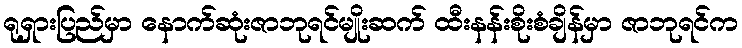
ရုရှားပြည်မှာ နောက်ဆုံးဇာဘုရင်မျိုးဆက် ထီးနန်းစိုးစံချိန်မှာ ဇာဘုရင်က